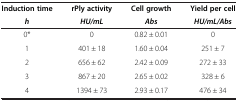
| Induction time | rPly activity | Cell growth | Yield per cell |
 | h | HU/mL | Abs | HU/mL/Abs |
 | --- | --- | --- | --- |
 | 0* | 0 | 0.82 ± 0.01 | 0 |
 | 1 | 401 ± 18 | 1.60 ± 0.04 | 251 ± 7 |
 | 2 | 656 ± 62 | 2.42 ± 0.09 | 272 ± 33 |
 | 3 | 867 ± 20 | 2.65 ± 0.02 | 328 ± 6 |
 | 4 | 1394 ± 73 | 2.93 ± 0.17 | 476 ± 34 |